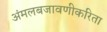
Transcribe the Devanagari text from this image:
अंमलबजावणीकरिता